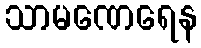
သာမဏေရေန